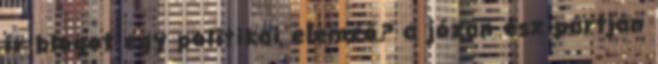
ír blogot egy politikai elemző? a józan ész pártján